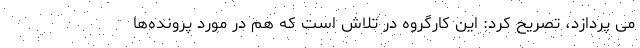
می پردازد، تصریح کرد: این کارگروه در تلاش است که هم در مورد پرونده‌ها